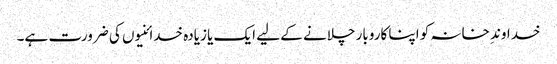
خداوندِ خانہ کو اپنا کاروبار چلانے کے لیے ایک یا زیادہ خدائنیوں کی ضرورت ہے۔